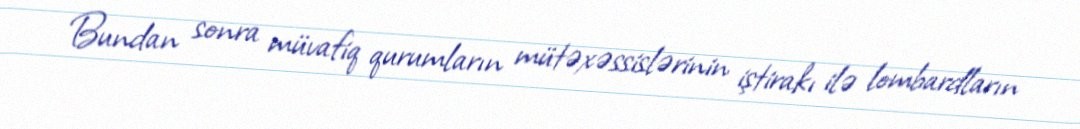
Bundan sonra müvafiq qurumların mütəxəssislərinin iştirakı ilə lombardların